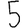
Digit: 5